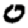
Digit: 0